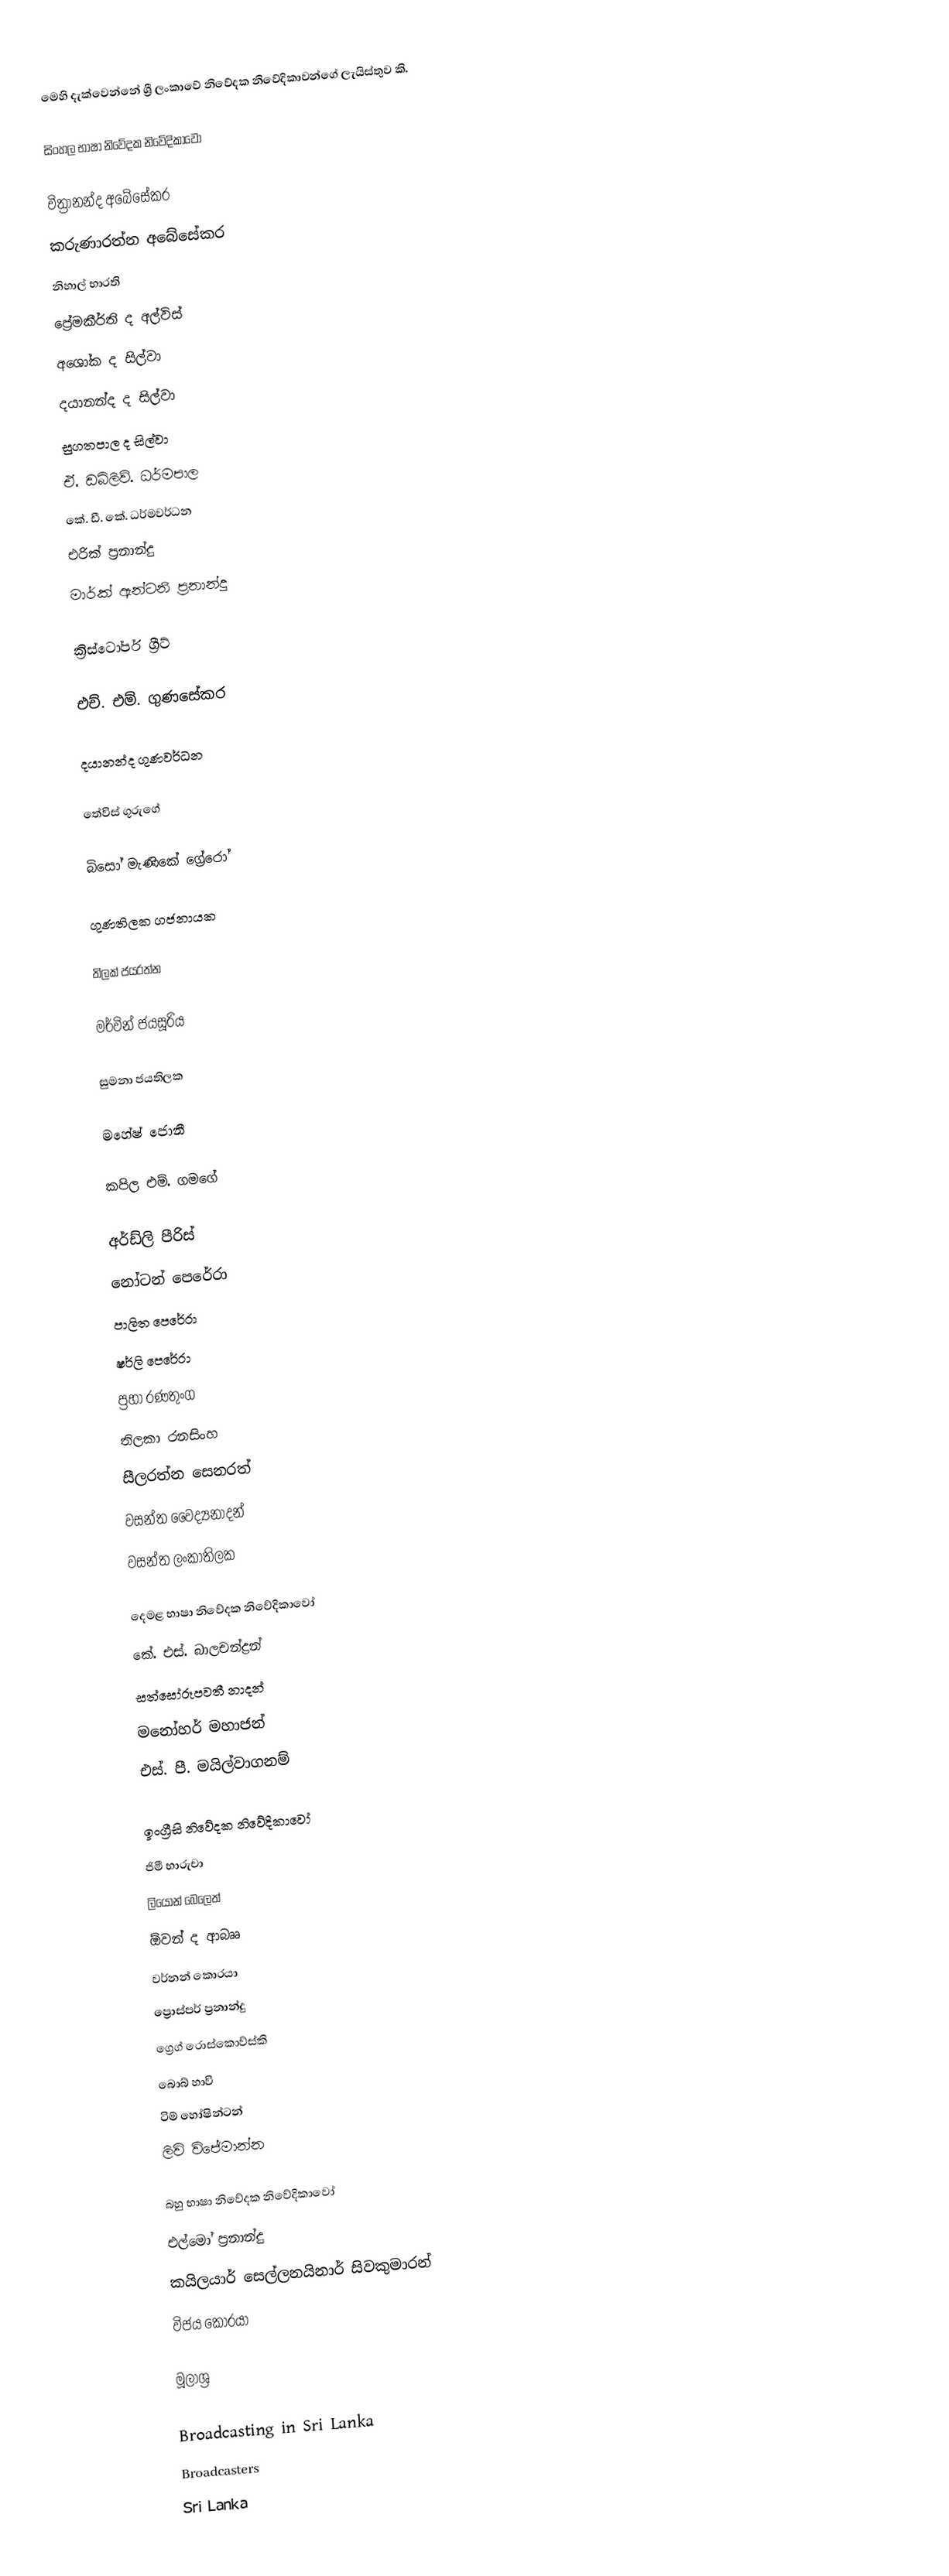
මෙහි දැක්වෙන්නේ ශ්‍රී ලංකාවේ නිවේදක නිවේදිකාවන්ගේ ලැයිස්තුව කි.

සිංහල භාෂා නිවේදක නිවේදිකාවෝ

 චිත්‍රානන්ද අබේසේකර
 කරුණාරත්න අබේසේකර
 නිහාල් භාරති
 ප්‍රේමකීර්ති ද අල්විස්
 අශෝක ද සිල්වා
 දයානන්ද ද සිල්වා
 සුගතපාල ද සිල්වා
 ඒ. ඩබ්ලිව්. ධර්මපාල
 කේ. ඩී. කේ. ධර්මවර්ධන
 එරික් ප්‍රනාන්දු
 මාර්ක් ඇන්ටනි ප්‍රනාන්දු

 ක්‍රිස්ටෝපර් ග්‍රීට්

 එච්. එම්. ගුණසේකර

 දයානන්ද ගුණවර්ධන

 තේවිස් ගුරුගේ

 බිසෝ මැණිකේ ග්‍රේරෝ

 ගුණතිලක ගජනායක

 තිලක් ජයරත්න

 මර්වින් ජයසූරිය

 සුමනා ජයතිලක

 මහේෂ් ජොනී

 කපිල එම්. ගමගේ

අර්ඩ්ලි පීරිස්
 නෝටන් පෙරේරා
 පාලිත පෙරේරා
 ෂර්ලි පෙරේරා
 ප්‍රභා රණතුංග
 තිලකා රනසිංහ
 සීලරත්න සෙනරත්
 වසන්ත වෛද්‍යනාදන්
 වසන්ත ලංකාතිලක

දෙමළ භාෂා නිවේදක නිවේදිකාවෝ
 කේ. එස්. බාලචන්ද්‍රන්
 සත්සෝරූපවතී නාදන්
 මනෝහර් මහාජන්
 එස්. පී. මයිල්වාගනම්

ඉංග්‍රීසි නිවේදක නිවේදිකාවෝ
 ජිමී භාරුචා
 ලියොන් බෙලෙත්
 ඕවන් ද ආබෲ
 වර්නන් කොරයා
 ප්‍රොස්පර් ප්‍රනාන්දු
 ග්‍රෙග් රොස්කොව්ස්කි
 බොබ් හාවි
 ටිම් හෝෂින්ටන්
 ලිවි විජේමාන්න

බහු භාෂා නිවේදක නිවේදිකාවෝ
 එල්මෝ ප්‍රනාන්දු
 කයිලයාර් සෙල්ලනයිනාර් සිවකුමාරන්
 විජය කොරයා

මූලාශ්‍ර

Broadcasting in Sri Lanka
Broadcasters
Sri Lanka